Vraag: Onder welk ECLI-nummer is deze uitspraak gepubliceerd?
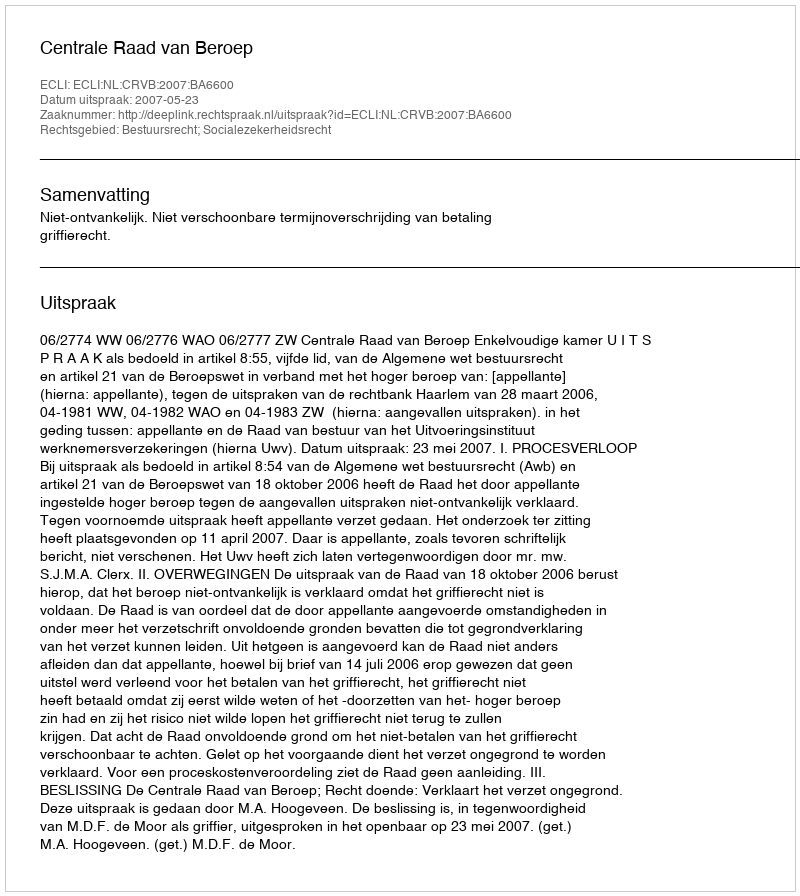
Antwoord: ECLI:NL:CRVB:2007:BA6600